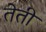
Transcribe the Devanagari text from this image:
तेती